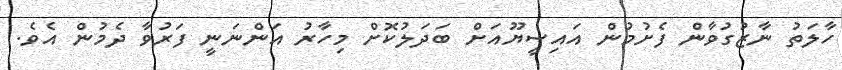
ހާލަތު ނާޒުގުވާން ފެށުމުން އައިސީޔޫއަށް ބަދަލުކޮށް މިހާރު އަންނަނީ ފަރުވާ ދެމުން އެވެ.